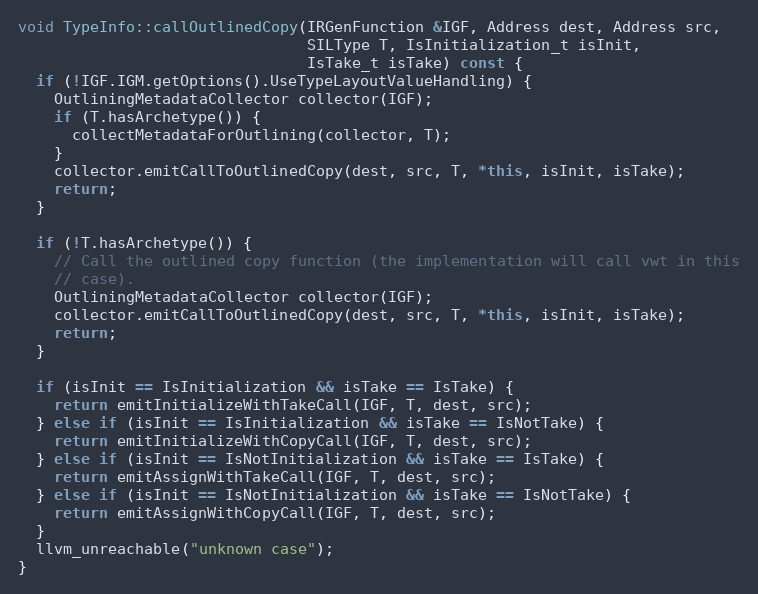
Language: C++
void TypeInfo::callOutlinedCopy(IRGenFunction &IGF, Address dest, Address src,
                                SILType T, IsInitialization_t isInit,
                                IsTake_t isTake) const {
  if (!IGF.IGM.getOptions().UseTypeLayoutValueHandling) {
    OutliningMetadataCollector collector(IGF);
    if (T.hasArchetype()) {
      collectMetadataForOutlining(collector, T);
    }
    collector.emitCallToOutlinedCopy(dest, src, T, *this, isInit, isTake);
    return;
  }

  if (!T.hasArchetype()) {
    // Call the outlined copy function (the implementation will call vwt in this
    // case).
    OutliningMetadataCollector collector(IGF);
    collector.emitCallToOutlinedCopy(dest, src, T, *this, isInit, isTake);
    return;
  }

  if (isInit == IsInitialization && isTake == IsTake) {
    return emitInitializeWithTakeCall(IGF, T, dest, src);
  } else if (isInit == IsInitialization && isTake == IsNotTake) {
    return emitInitializeWithCopyCall(IGF, T, dest, src);
  } else if (isInit == IsNotInitialization && isTake == IsTake) {
    return emitAssignWithTakeCall(IGF, T, dest, src);
  } else if (isInit == IsNotInitialization && isTake == IsNotTake) {
    return emitAssignWithCopyCall(IGF, T, dest, src);
  }
  llvm_unreachable("unknown case");
}